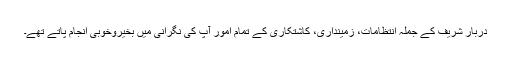
دربار شریف کے جملہ انتظامات، زمینداری، کاشتکاری کے تمام اُمور آپ کی نگرانی میں بخیروخوبی انجام پاتے تھے۔